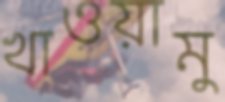
খাওয়ামু